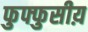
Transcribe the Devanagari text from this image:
फुफ्फुसीय़